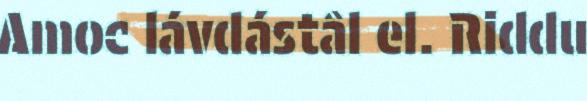
Amoc lávdástâl el. Riddu